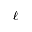
\ell